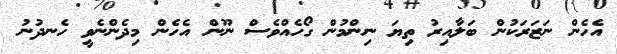
އެހެން ނަޒަރަކުން ބަލާއިރު ތިޔަ ނިންމުން ގޯހެއްވެސް ނޫން އެހެން މިދެންނެވީ ހެނދުނު